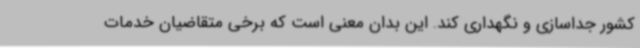
کشور جداسازی و نگهداری کند. این بدان معنی است که برخی متقاضیان خدمات